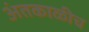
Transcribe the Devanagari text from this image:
अंतकाळीच